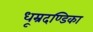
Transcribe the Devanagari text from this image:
धूम्रदण्डिका